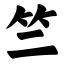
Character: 竺